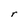
Character: r